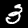
Label: 3